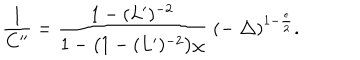
\frac { 1 } { C ^ { \prime \prime } } = \frac { 1 - ( L ^ { \prime } ) ^ { - 2 } } { 1 - \bigl ( 1 - ( L ^ { \prime } ) ^ { - 2 } \bigr ) \chi } \; ( - \bigtriangleup ) ^ { 1 - \frac { \epsilon } { 2 } } .